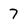
Character: 7